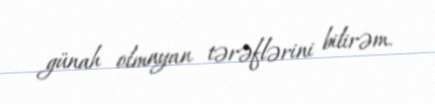
günah olmayan tərəflərini bilirəm.